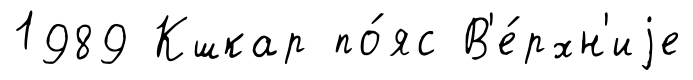
1989 Кшкар по́яс В'е́рхн'иjе